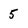
Character: 5